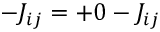
- J _ { i j } = + 0 - J _ { i j }